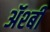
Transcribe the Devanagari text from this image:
ॲश्बी